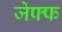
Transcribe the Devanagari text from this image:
जेफ्फ